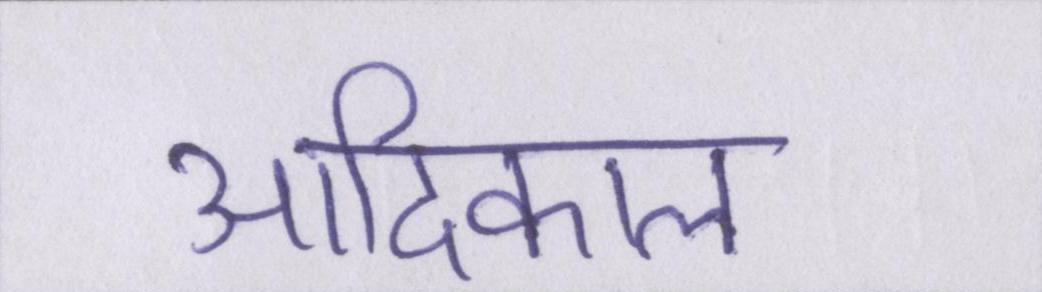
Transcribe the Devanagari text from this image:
आदिकाल